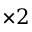
\times 2